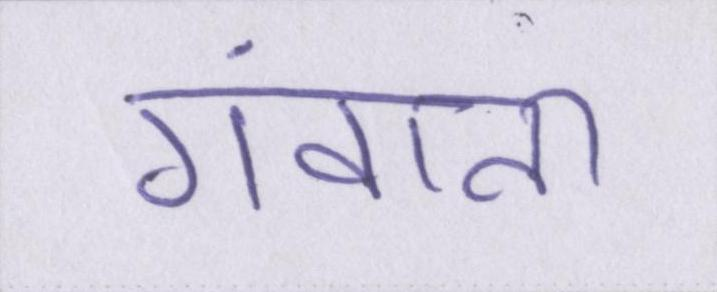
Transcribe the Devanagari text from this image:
गंवाना